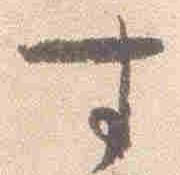
寸